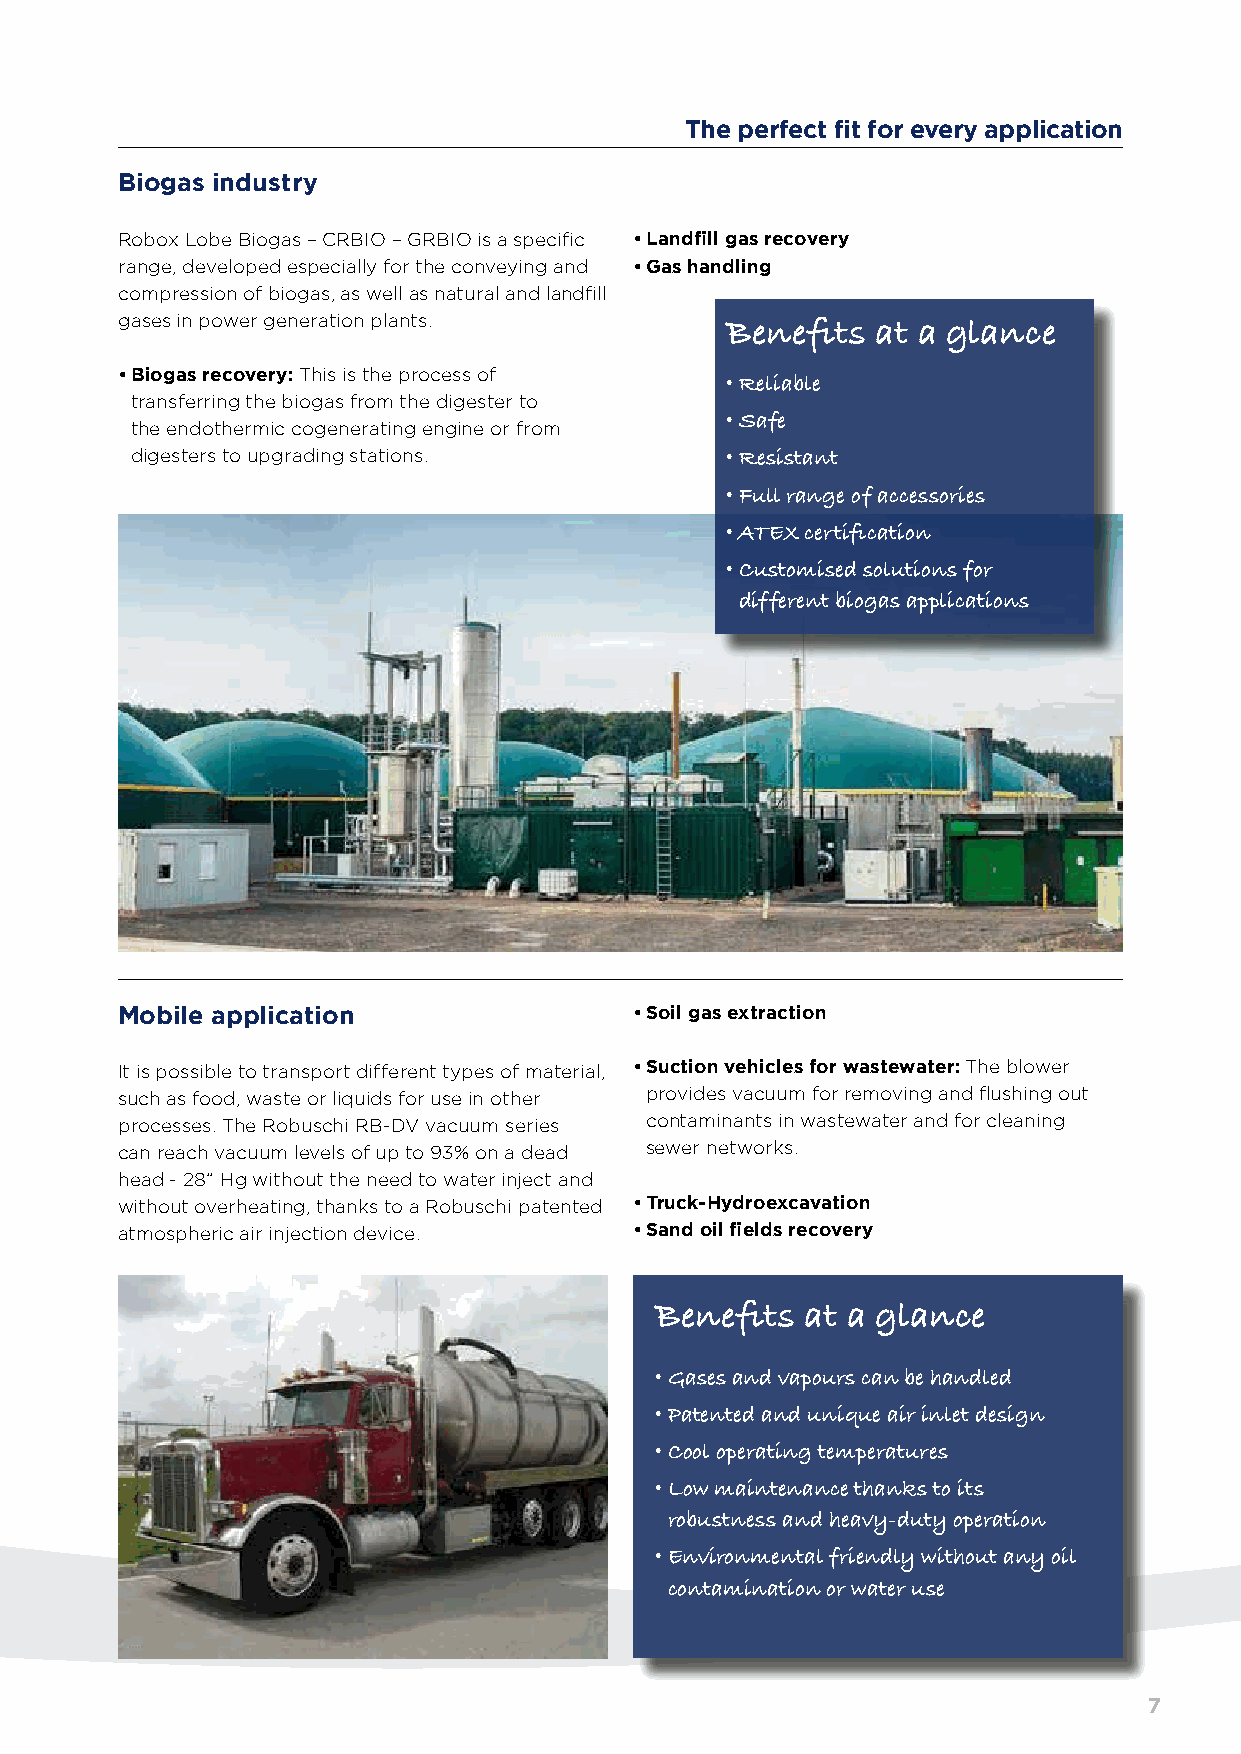
The perfect fit for every application
 Biogas industry
 Robox Lobe Biogas – CRBIO – GRBIO is a specific • Landfill gas recovery
 range, developed especially for the conveying and • Gas handling
 compression of biogas, as well as natural and landfill
 gases in power generation plants.
 Benefits  at a glance
 • Biogas recovery: This is the process of
 • Reliable
 transferring the biogas from the digester to
 the endothermic cogenerating engine or from • Safe
 digesters to upgrading stations.       • Resistant
 • Full range of accessories
 • ATEX certification
 • Customised solutions for
 different biogas applications
 Mobile application                • Soil gas extraction
 It is possible to transport different types of material, • Suction vehicles for wastewater: The blower
 such as food, waste or liquids for use in other provides vacuum for removing and flushing out
 processes. The Robuschi RB-DV vacuum series contaminants in wastewater and for cleaning
 can reach vacuum levels of up to 93% on a dead sewer networks.
 head - 28” Hg without the need to water inject and
 without overheating, thanks to a Robuschi patented • Truck-Hydroexcavation
 atmospheric air injection device. • Sand oil fields recovery
 Benefits  at a glance
 • Gases and vapours can be handled
 • Patented and unique air inlet design
 • Cool operating temperatures
 • Low maintenance thanks to its
 robustness and heavy-duty operation
 • Environmental friendly without any oil
 contamination or water use
 7